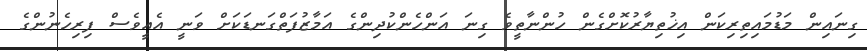
ގިނައިން މަޑުމައިތިރިކަން އިޚުތިޔާރުކޮށްގެން ހުންނާތީވެ ގިނަ އަންހެންކުދިންގެ އަމާޒުފަތްގަނޑަކަށް ވަނީ އެއީވެސް ފިރިހެނުންގެ